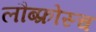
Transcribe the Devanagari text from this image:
लौब्फ्रोस्च